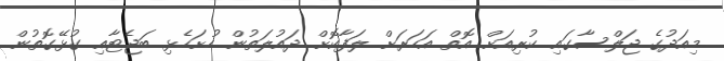
މިއަދުގެ ޖަލްސާގައި ކުރިއަށް އޮތް އަހަރަށް ލަފާކޮށް ދައުލަތުން ހުށަހެޅި ބަޖެޓާއި ގުޅޭގޮތުން